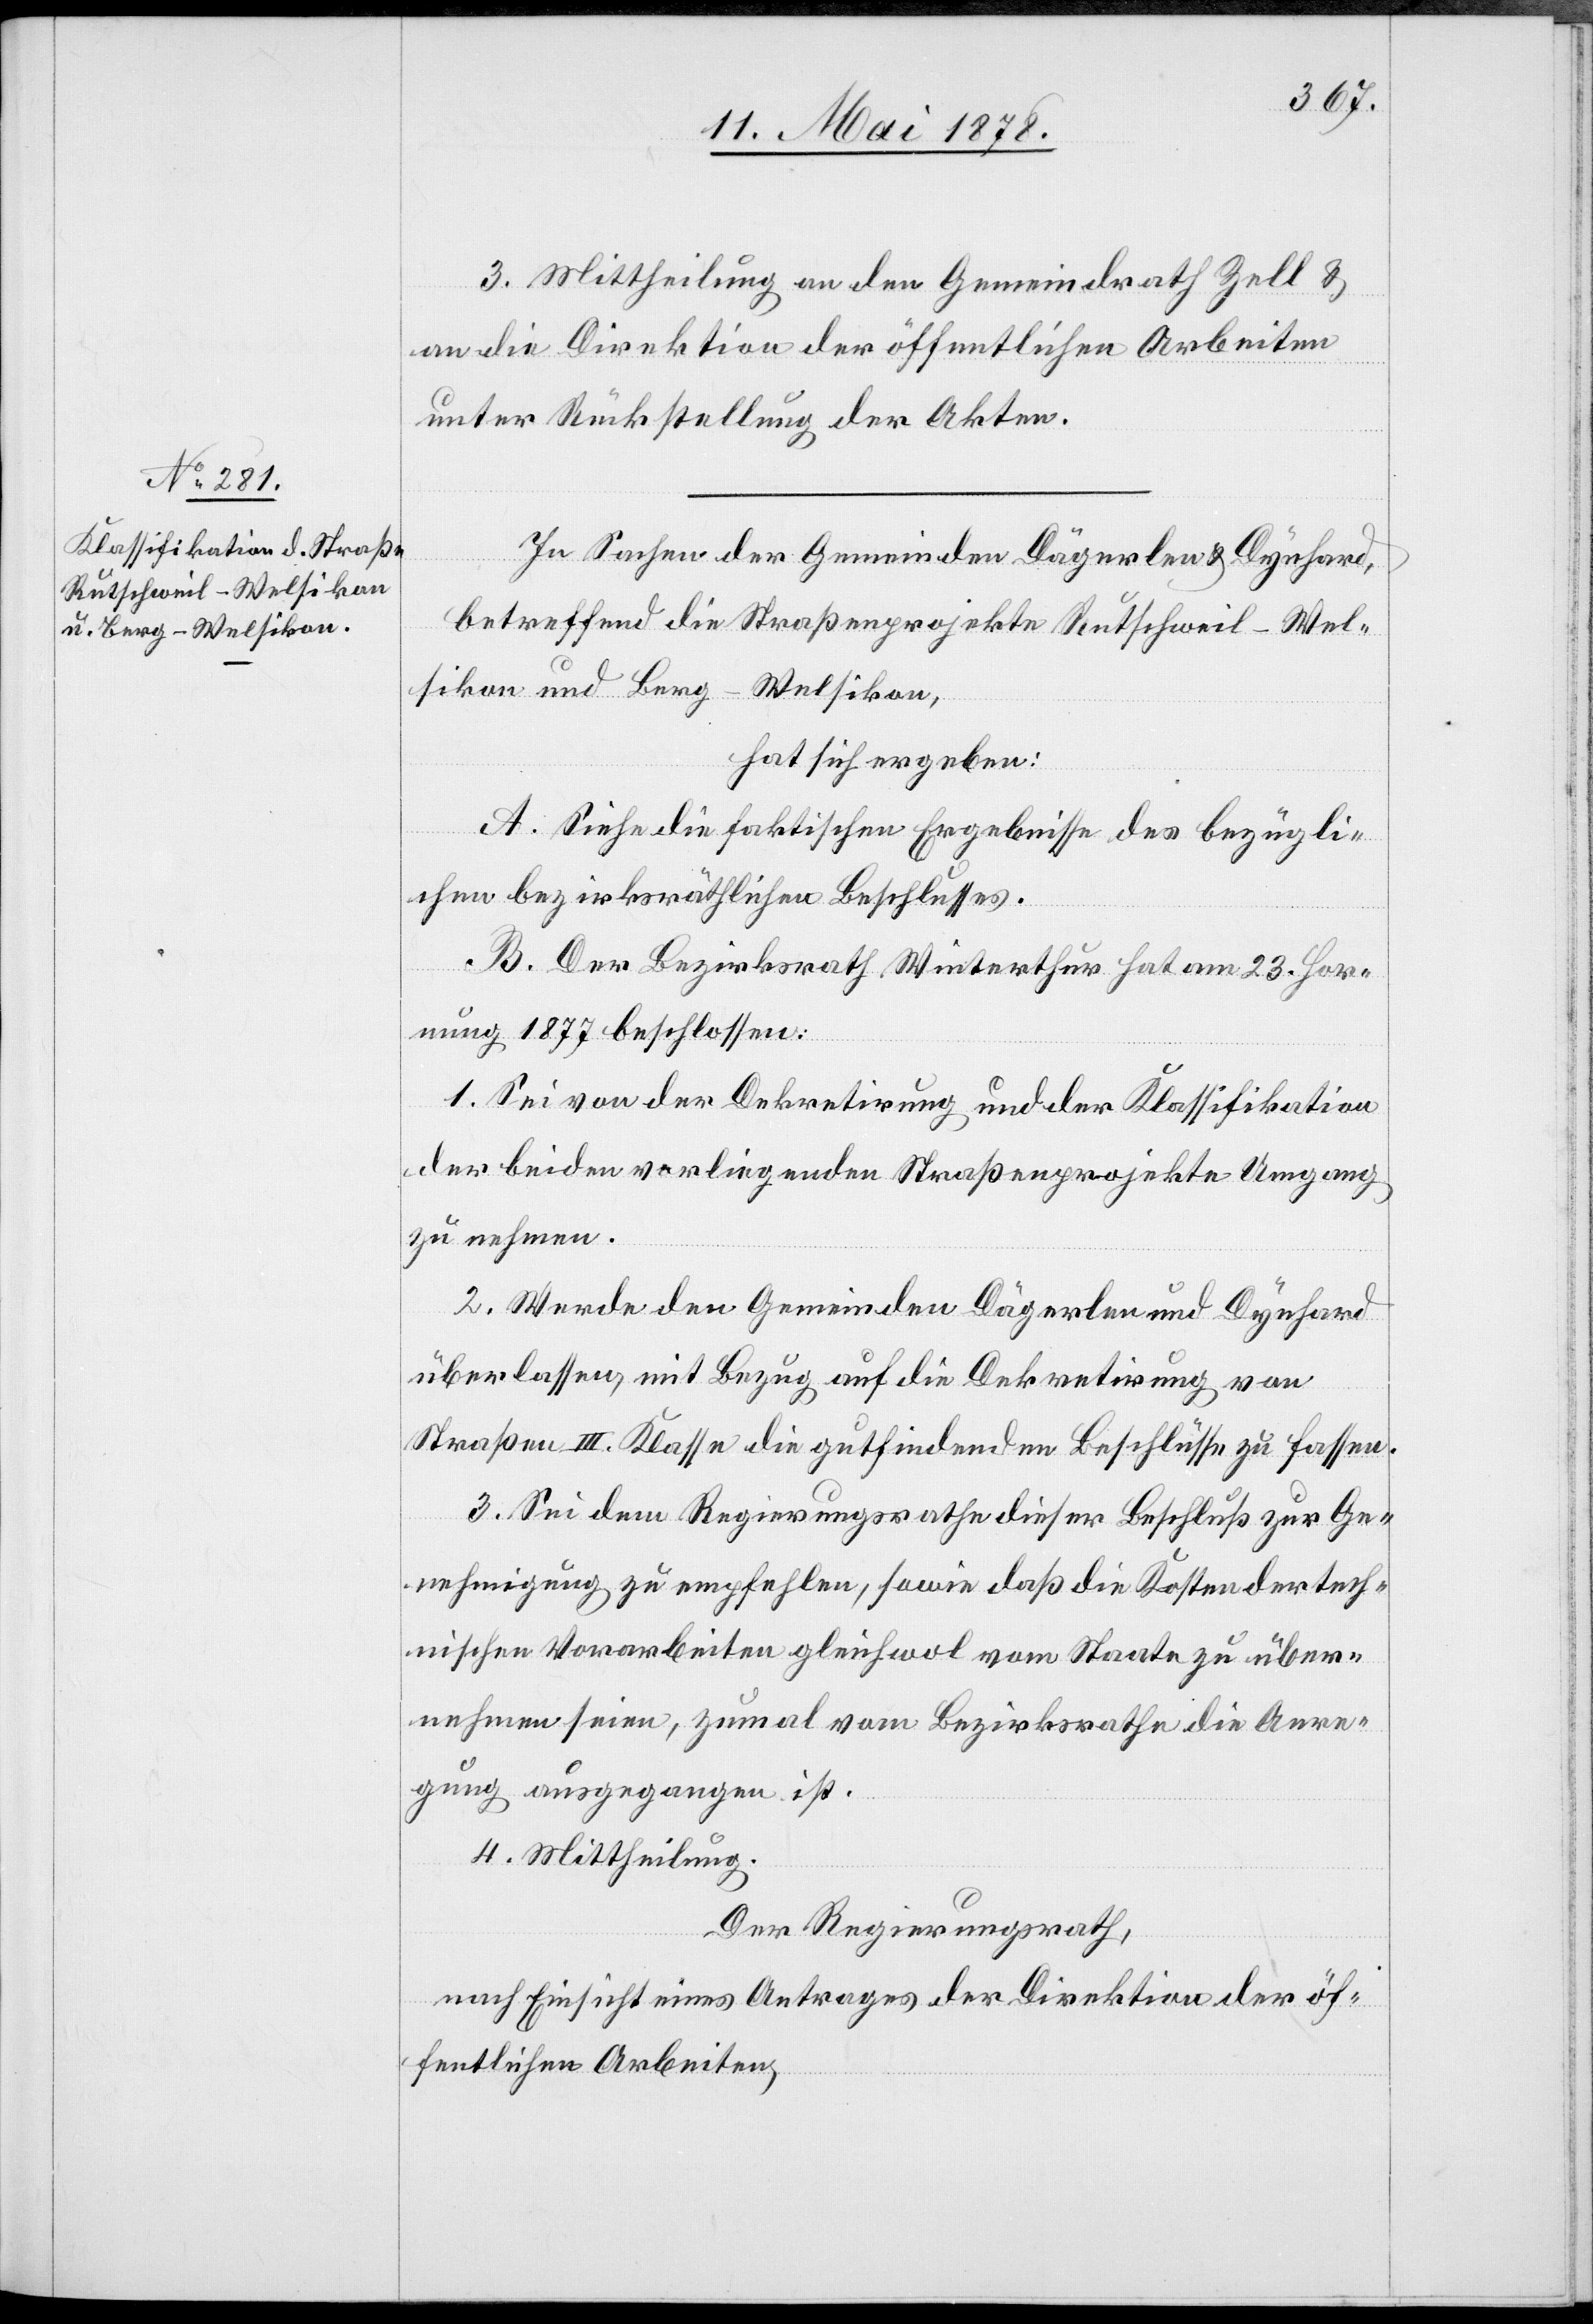
3. Mittheilung an den Gemeindrath Zell &
an die Direktion der öffentlichen Arbeiten
unter Rückstellung der Akten.
In Sachen der Gemeinden Dägerlen & Dynhard,
betreffend die Straßenprojekte Rutschweil–Wel¬
sikon und Berg–Welsikon,
hat sich ergeben:
A. Siehe die faktischen Ergebnisse des bezügli¬
chen bezirksräthlichen Beschlusses.
B. Der Bezirksrath Winterthur hat am 23. Hor¬
nung 1877 beschlossen.
1. Sei von der Dekretirung und der Klassifikation
der beiden vorliegenden Straßenprojekte Umgang
zu nehmen.
2. Werde den Gemeinden Dägerlen und Dynhard
überlassen, mit Bezug auf die Dekretirung von
Straßen III. Klasse die gutfindenden Beschlüsse zu fassen.
3. Sei dem Regierungsrathe dieser Beschluß zur Ge¬
nehmigung zu empfehlen, sowie daß die Kosten der tech¬
nischen Vorarbeiten gleichwol vom Staate zu über¬
nehmen seien, zumal vom Bezirksrathe die Anre¬
gung ausgegangen ist.
4. Mittheilung.
Der Regierungsrath,
nach Einsicht eines Antrages der Direktion der öf¬
fentlichen Arbeiten,